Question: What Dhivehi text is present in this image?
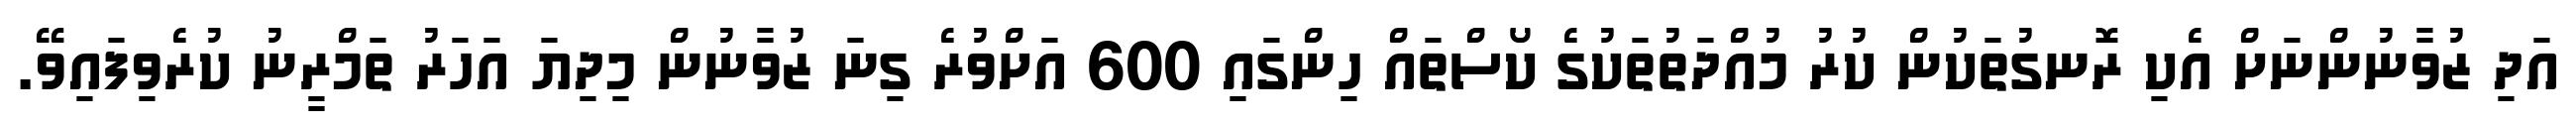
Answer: އަދި ޒުވާނުންނަށް އެކި ރޮނގުތަކުން ކުރު މުއްދަތުތަކުގެ ކޯސްތައް ހިންގައި 600 އަށްވުރެ ގިނަ ޒުވާނުން މިދިޔަ އަހަރު ތަމްރީނު ކުރެވިފައިވޭ.